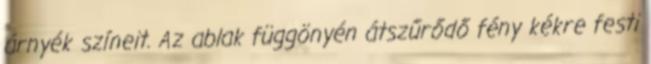
árnyék színeit. Az ablak függönyén átszűrődő fény kékre festi